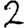
Digit: 2